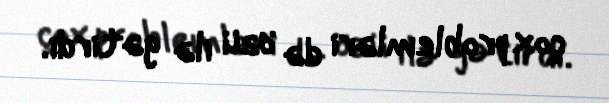
çox problemləri də özü ilə gətirdi.